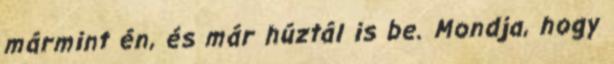
mármint én, és már húztál is be. Mondja, hogy